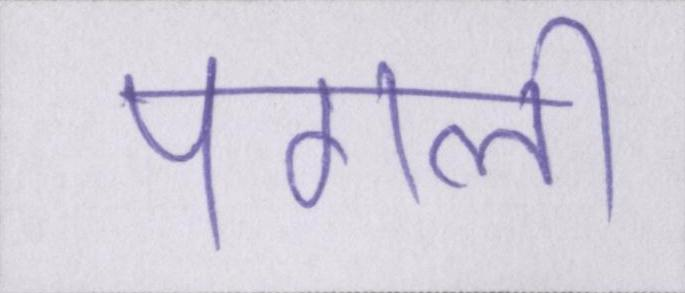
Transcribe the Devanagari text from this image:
पगली